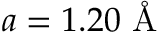
a = 1 . 2 0 \textrm { \AA }